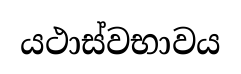
යථාස්වභාවය